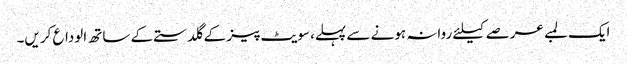
ایک لمبے عرصے کیلئے روانہ ہونے سے پہلے، سویٹ پیز کے گلدستے کے ساتھ الوداع کریں۔